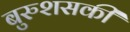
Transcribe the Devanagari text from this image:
बुरुशसकी